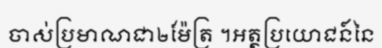
ចាស់ប្រមាណជា២ម៉ែត្រ ។អត្ថប្រយោជន៍នៃ